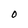
Character: O